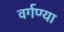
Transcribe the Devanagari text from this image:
वर्गण्या